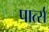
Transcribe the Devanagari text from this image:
पार्त्स